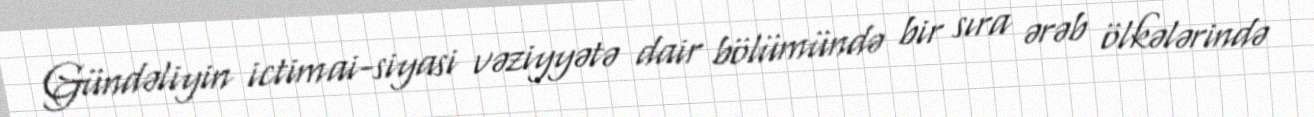
Gündəliyin ictimai-siyasi vəziyyətə dair bölümündə bir sıra ərəb ölkələrində